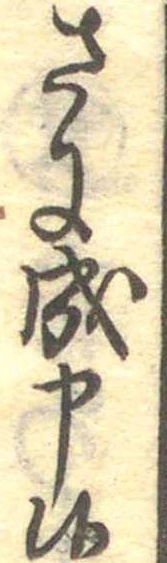
さに成申候